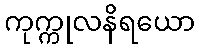
ကုက္ကုလနိရယော